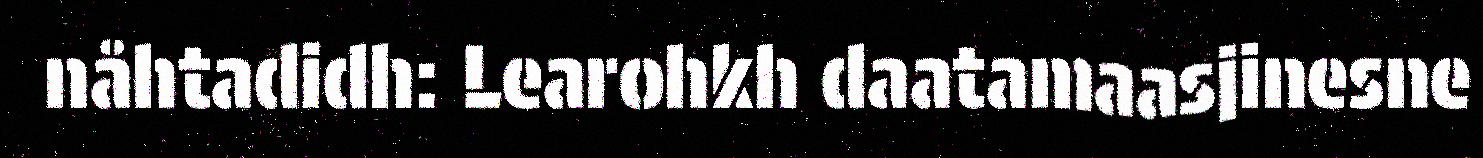
nåhtadidh: Learohkh daatamaasjinesne